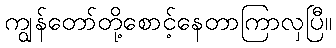
ကျွန်တော်တို့စောင့်နေတာကြာလှပြီ။